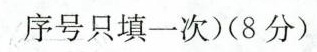
序号只填一次)(8分)